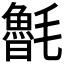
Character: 𣰯